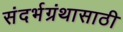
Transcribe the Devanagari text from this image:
संदर्भग्रंथासाठी